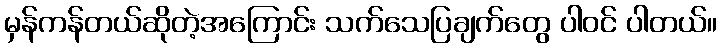
မှန်ကန်တယ်ဆိုတဲ့အကြောင်း သက်သေပြချက်တွေ ပါဝင် ပါတယ်။